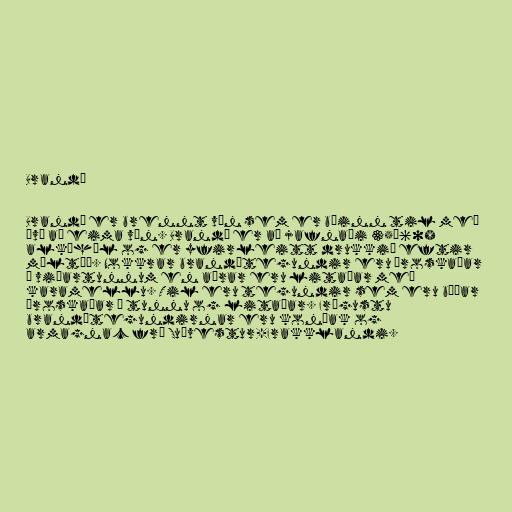
Brandí

Brandí er brennt vín sem er búinn til með
því að eima vín. Brandí er að jafnaði 35–60%
alkóhól og er yfirleitt drukkið eftir
máltíð. Nokkrar brandítegundir eru þroskaðar
í viðartunnum en aðrar eru litaðar með
karamellu. Til eru tegundir sem eru báðar
þroskaðar í tunnu og litaðar. Frægustu
brandítegundirnar eru koníak og
armagnac frá Suðvestur-Frakklandi.